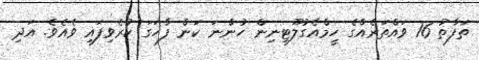
ތަފާތު 16 ވައްތަރެއްގެ ހީމްއެގުލޫޓިނިން ހުންނަ ކަން ފާހަގަ ކުރެވިފައި ވެއެވެ. އަދި